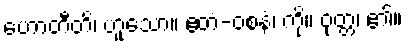
ဟောတီတိ၊ ဟူသော။ ဧတံ-ဝစနံ၊ ကို။ ဝုတ္တံ၊ ၏။